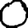
Digit: 0